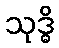
သုဒ္ဓိ